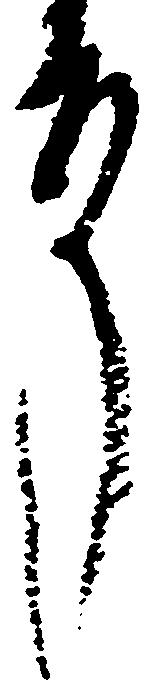
殿